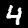
Digit: 4